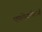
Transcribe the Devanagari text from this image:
एस्लेटलेटर्स